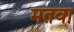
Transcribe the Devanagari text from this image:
मतवा